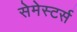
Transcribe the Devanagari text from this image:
सेमेस्टर्स